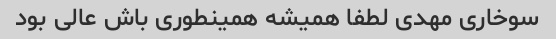
سوخاری مهدی لطفا همیشه همینطوری باش عالی بود